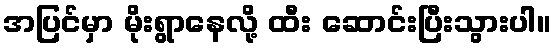
အပြင်မှာ မိုးရွာနေလို့ ထီး ဆောင်းပြီးသွားပါ။